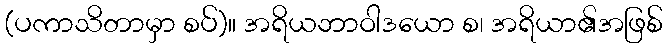
(ပကာသိတာမှာ စပ်)။ အရိယဘာဝါဒယော စ၊ အရိယာ၏အဖြစ်